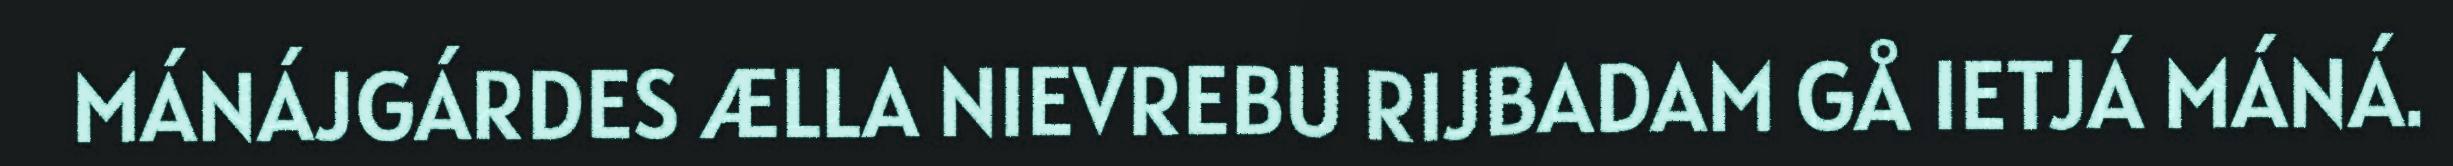
MÁNÁJGÁRDES ÆLLA NIEVREBU RIJBADAM GÅ IETJÁ MÁNÁ.